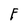
Character: F